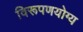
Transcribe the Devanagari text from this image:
विरूपणयोग्य